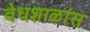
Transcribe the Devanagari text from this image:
वेधशाळांस